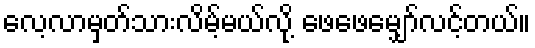
လေ့လာမှတ်သားလိမ့်မယ်လို့ ဖေဖေမျှော်လင့်တယ်။